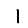
Digit: 1